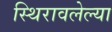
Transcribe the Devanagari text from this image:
स्थिरावलेल्या